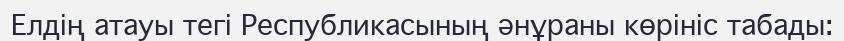
Елдің атауы тегі Республикасының әнұраны көрініс табады: